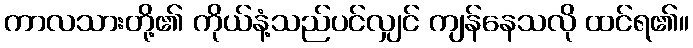
ကာလသားတို့၏ ကိုယ်နံ့သည်ပင်လျှင် ကျန်နေသလို ထင်ရ၏။